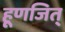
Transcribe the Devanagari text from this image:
हूणजित्‌